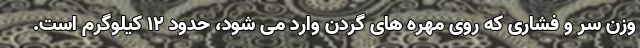
وزن سر و فشاری که روی مهره های گردن وارد می شود، حدود ۱۲ کیلوگرم است.